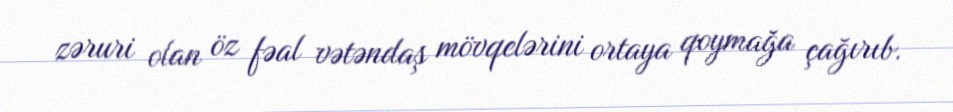
zəruri olan öz fəal vətəndaş mövqelərini ortaya qoymağa çağırıb.